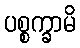
ပစ္စက္ခာမိ